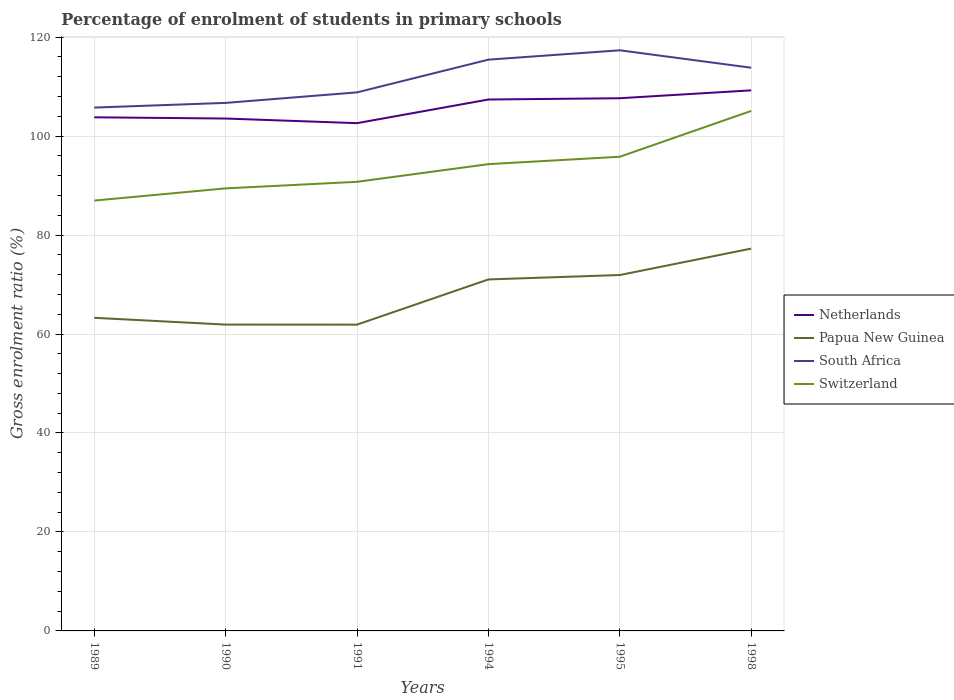
| Years | Netherlands | Papua New Guinea | South Africa | Switzerland |
 | --- | --- | --- | --- | --- |
 | 1989 | 104 | 63.3 | 106 | 87 |
 | 1990 | 104 | 61.9 | 107 | 89.4 |
 | 1991 | 103 | 61.9 | 109 | 90.8 |
 | 1994 | 107 | 71 | 115 | 94.3 |
 | 1995 | 108 | 71.9 | 117 | 95.8 |
 | 1998 | 109 | 77.3 | 114 | 105 |